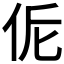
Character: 𠈁